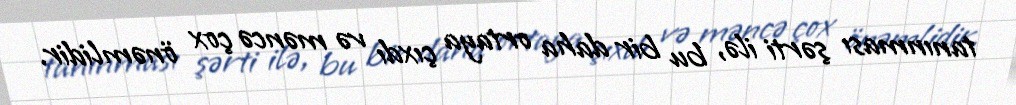
tanınması şərti ilə, bu bir daha ortaya çıxdı və məncə çox önəmlidir.